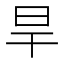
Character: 旱